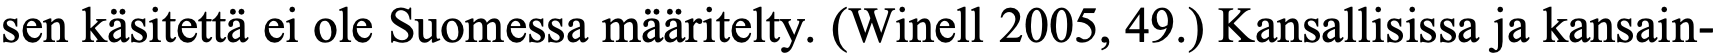
sen käsitettä ei ole Suomessa määritelty. (Winell 2005, 49.) Kansallisissa ja kansain-